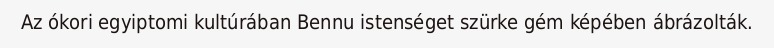
Az ókori egyiptomi kultúrában Bennu istenséget szürke gém képében ábrázolták.